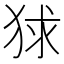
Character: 𤞰